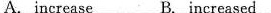
A .increase B. Increased